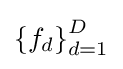
\left\{f_{d}\right\}_{d=1}^{D}